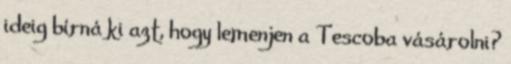
ideig bírná ki azt, hogy lemenjen a Tescoba vásárolni?